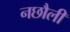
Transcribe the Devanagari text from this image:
नछौली